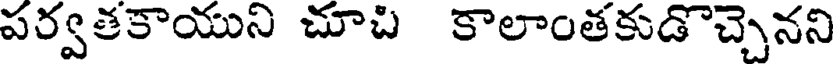
పర్వతకాయుని చూచి కాలాంతకుడొచ్చెనని